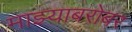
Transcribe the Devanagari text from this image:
माझ्याबरोबर